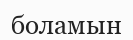
боламын